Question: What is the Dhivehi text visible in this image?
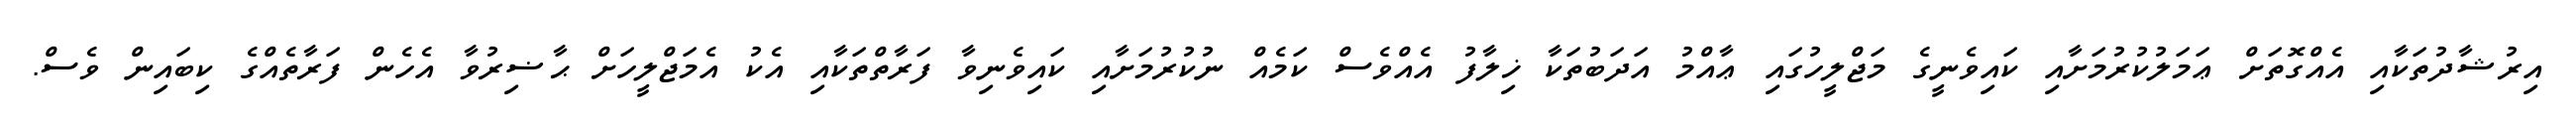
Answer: އިރުޝާދުތަކާއި އެއްގޮތަށް ޢަމަލުކުރުމަށާއި ކައިވެނީގެ މަޖްލީހުގައި ޢާއްމު އަދަބުތަކާ ޚިލާފު އެއްވެސް ކަމެއް ނުކުރުމަށާއި ކައިވެނިވާ ފަރާތްތަކާއި އެކު އެމަޖްލީހަށް ޙާޟިރުވާ އެހެން ފަރާތެއްގެ ކިބައިން ވެސް.